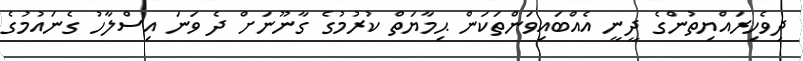
ދިވެހިރައްޔިތުންގެ ދީނީ އެއްބައިވަންތަކަން ޙިމާޔަތް ކުރުމުގެ ގާނޫނަށް ދެ ވަނަ އިސްލާހު ގެނައުމުގެ